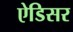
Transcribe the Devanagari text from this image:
ऐडिसर